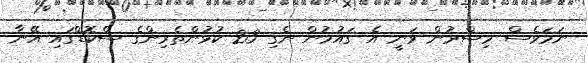
ނަމަވެސް މިސްރުން ވަނީ އެ ގައުމުން ނެގި 23 ކުޅުންތެރިންގެ ސްކޮޑްގައި އޭނާ